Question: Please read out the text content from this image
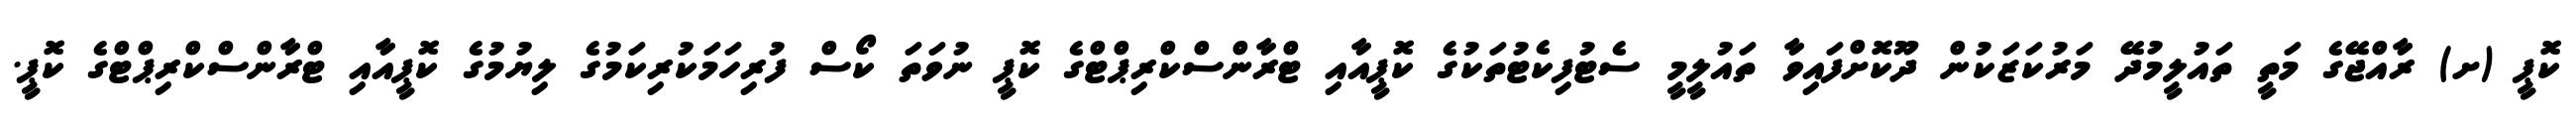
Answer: ކޮޕީ (ށ) ރާއްޖޭގެ މަތީ ތައުލީމުދޭ މަރުކަޒަކުން ދޫކޮށްފައިވާ ތައުލީމީ ސެޓުފިކެޓުތަކުގެ ކޮޕީއާއި ޓްރާންސްކްރިޕްޓްގެ ކޮޕީ ނުވަތަ ކޯސް ފުރިހަމަކުރިކަމުގެ ލިޔުމުގެ ކޮޕީއާއި ޓްރާންސްކްރިޕްޓްގެ ކޮޕީ.